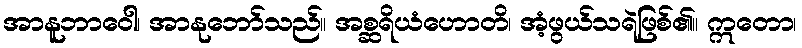
အာနူဘာဝေါ၊ အာနုဘော်သည်။ အစ္ဆရိယံဟောတိ၊ အံ့ဖွယ်သရဲဖြစ်၏။ ဣတော၊